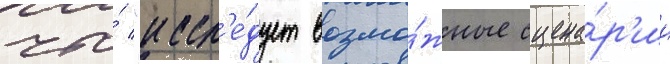
что́ "иссл'е́дует возмо́жные сцена́р'ии